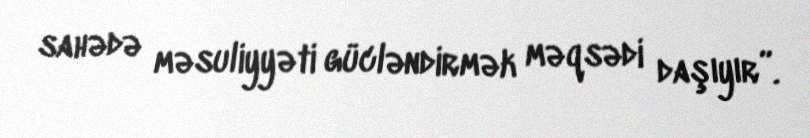
sahədə məsuliyyəti gücləndirmək məqsədi daşıyır”.